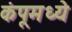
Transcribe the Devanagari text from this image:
कंपूमध्ये